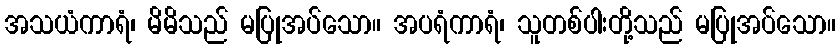
အသယံကာရံ၊ မိမိသည် မပြုအပ်သော။ အပရံကာရံ၊ သူတစ်ပါးတို့သည် မပြုအပ်သော။